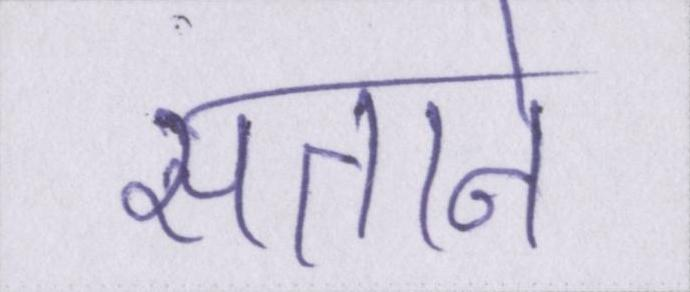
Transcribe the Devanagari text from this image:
सताने